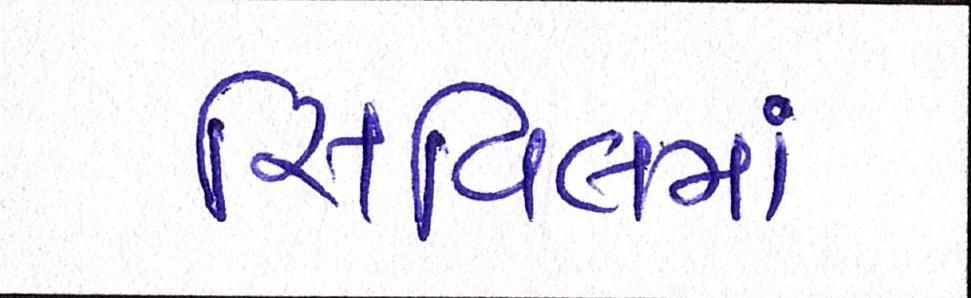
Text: સિવિલમાં